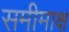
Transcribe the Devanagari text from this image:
समीमाक्ष